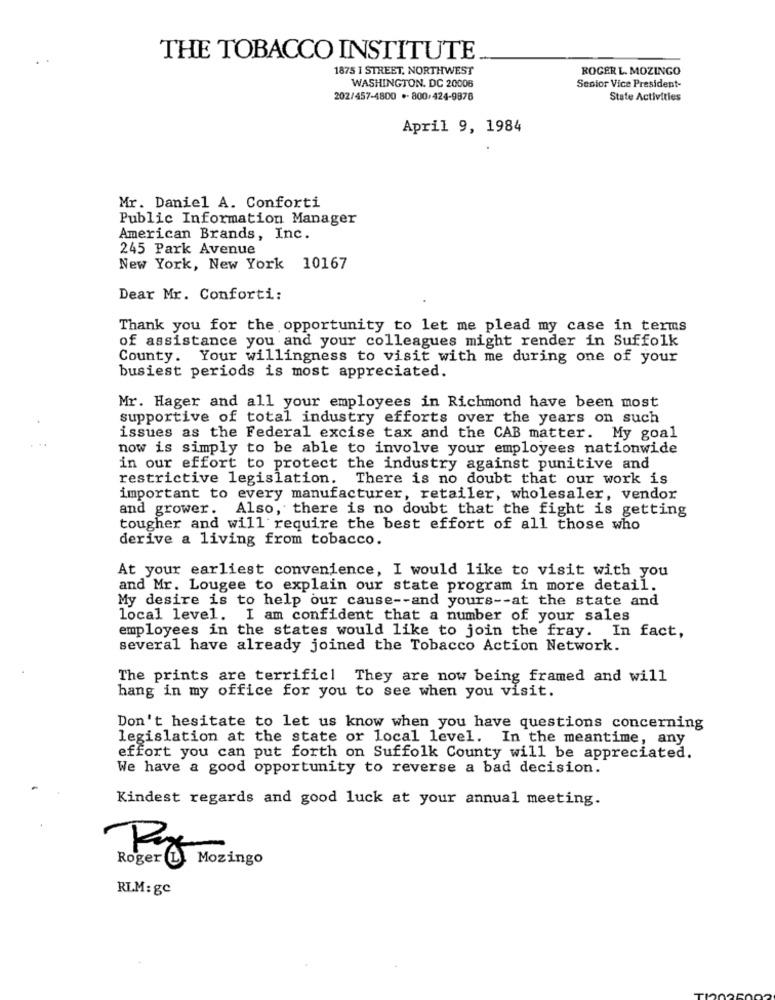
THE TOBACCO INSTITUTE
1875 1 STREET, NORTHWEST
ROGER L. MOZINGO
WASHINGTON, DC 20006
Senior Vice President-
202/457-4800 .- 800/424-9878
State Activities
April 9, 1984
Mr. Daniel A. Conforti
Public Information Manager
American Brands, Inc.
245 Park Avenue
New York, New York 10167
Dear Mr. Conforti:
Thank you for the opportunity to let me plead my case in terms
of assistance you and your colleagues might render in Suffolk
County. Your willingness to visit with me during one of your
busiest periods is most appreciated.
Mr. Hager and all your employees in Richmond have been most
supportive of total industry efforts over the years on such
issues as the Federal excise tax and the CAB matter. My goal
now is simply to be able to involve your employees nationwide
in our effort to protect the industry against punitive and
restrictive legislation. There is no doubt that our work is
important to every manufacturer, retailer, wholesaler, vendor
and grower. Also, there is no doubt that the fight is getting
tougher and will require the best effort of all those who
derive a living from tobacco.
At your earliest convenience, I would like to visit with you
and Mr. Lougee to explain our state program in more detail.
My desire is to help our cause -- and yours -- at the state and
local level. I am confident that a number of your sales
employees in the states would like to join the fray. In fact,
several have already joined the Tobacco Action Network.
The prints are terrific! They are now being framed and will
hang in my office for you to see when you visit.
Don't hesitate to let us know when you have questions concerning
legislation at the state or local level. In the meantime, any
effort you can put forth on Suffolk County will be appreciated.
We have a good opportunity to reverse a bad decision.
Kindest regards and good luck at your annual meeting.
Roger
Mozingo
RLM: gc